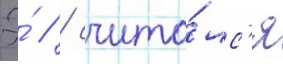
Э́ // / счита́лс'я